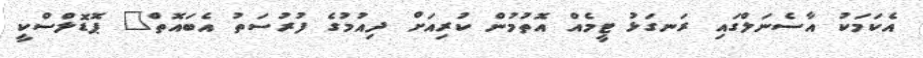
އެކަމަކު އާސެނަލްގައި ރަނގަޅު ޓީމެއް އޮތުމުން ކުރިއަށް ދިއުމުގެ ފުރުސަތު އެބައޮތް" ޕޮޑޮލްސްކީ